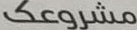
مشروعك